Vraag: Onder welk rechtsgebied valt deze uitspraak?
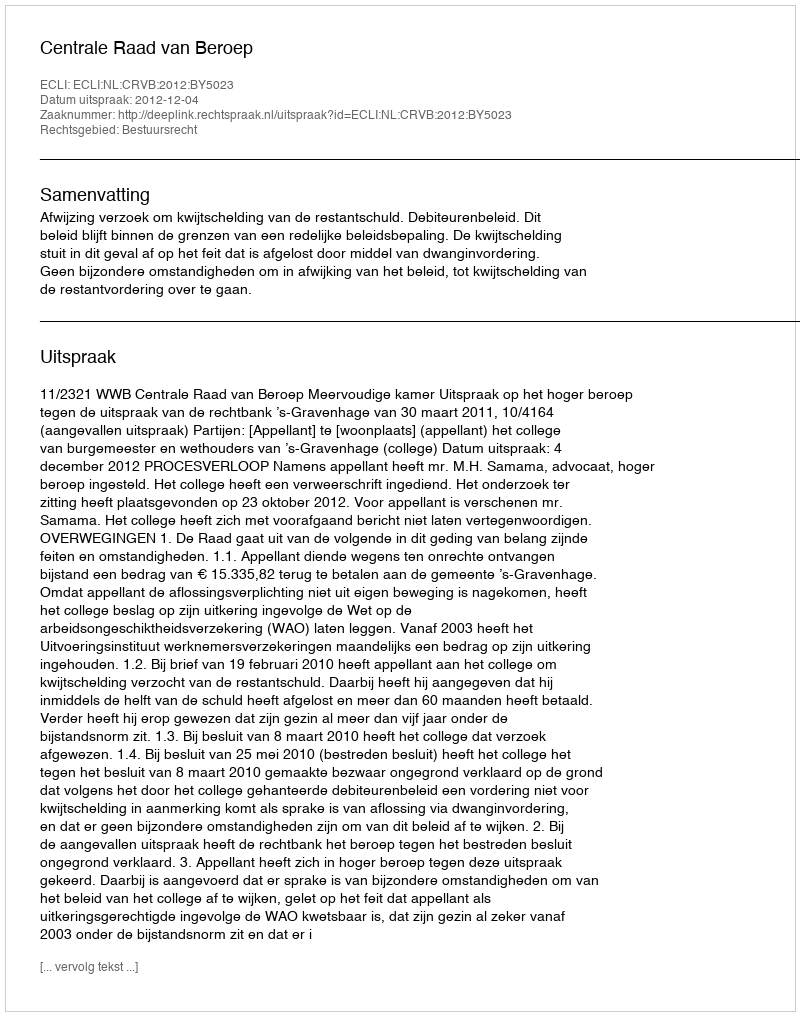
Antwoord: Bestuursrecht